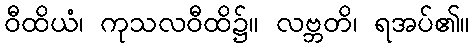
ဝီထိယံ၊ ကုသလဝီထိ၌။ လဗ္ဘတိ၊ ရအပ်၏။